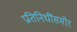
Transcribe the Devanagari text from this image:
प्रतिनिधींसमोर